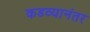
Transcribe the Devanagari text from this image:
कडव्यानंतर